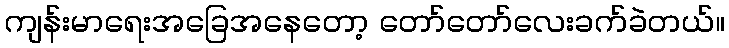
ကျန်းမာရေးအခြေအနေတော့ တော်တော်လေးခက်ခဲတယ်။